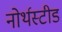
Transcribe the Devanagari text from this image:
नोर्थस्टीड